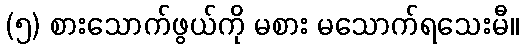
(၅) စားသောက်ဖွယ်ကို မစား မသောက်ရသေးမီ။